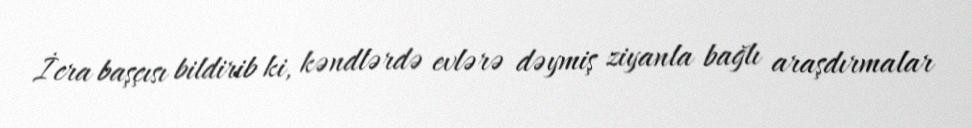
İcra başçısı bildirib ki, kəndlərdə evlərə dəymiş ziyanla bağlı araşdırmalar